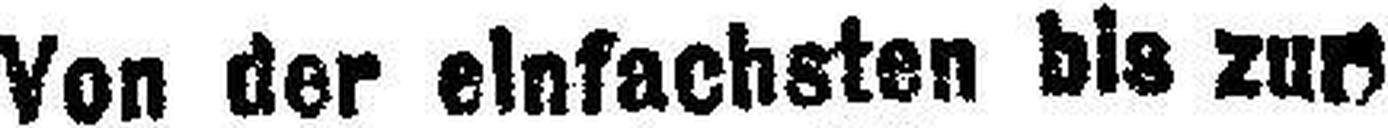
Von der einfachsten bis zur